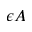
\epsilon A